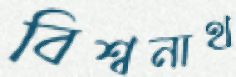
বিশ্বনাথ